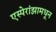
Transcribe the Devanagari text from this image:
एस्पेरांझामधून